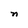
Character: n